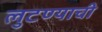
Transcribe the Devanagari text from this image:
लुटण्याची